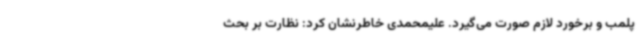
پلمب و برخورد لازم صورت می‌گیرد. علیمحمدی خاطرنشان کرد: نظارت بر بحث